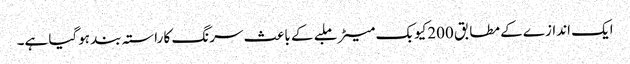
ایک اندازے کے مطابق 200کیوبک میٹر ملبے کے باعث سرنگ کا راستہ بند ہوگیا ہے۔